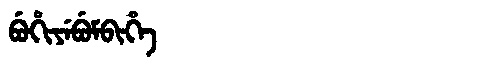
Manchu: ᠪᡠᡥᡳᠶᡝᠪᡠᠮᠪᡳᡥᡝ
Romanization: BUHIYEBUMBIHE